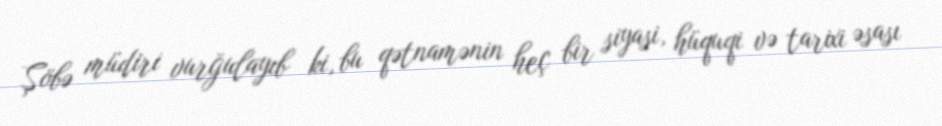
Şöbə müdiri vurğulayıb ki, bu qətnamənin heç bir siyasi, hüquqi və tarixi əsası